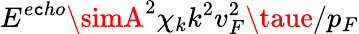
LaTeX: E^{e\mathtt{c}ho}\simA^{2}\chi_{k}k^{2}v_{F}^{2}\taue/p_{F}